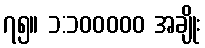
၇၅။ ၁:၁၀၀၀၀၀ အချိုး